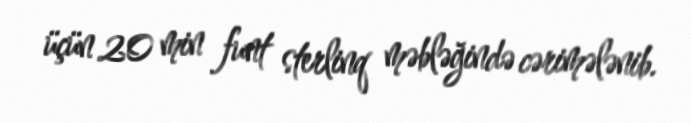
üçün 20 min funt sterlinq məbləğində cərimələnib.